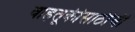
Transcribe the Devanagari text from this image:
वाहतूकीसाठीची